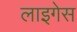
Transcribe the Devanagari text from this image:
लाइगेस